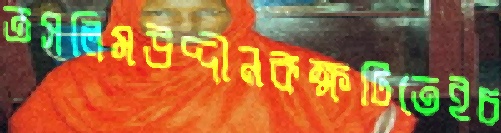
তসলিমউদ্দীনকক্ষটিতেইচ